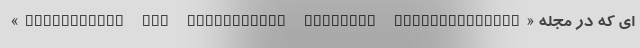
ای که در مجله «Biochemical and Biophysical Research Communications»